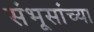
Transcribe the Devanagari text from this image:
संभूसांच्या